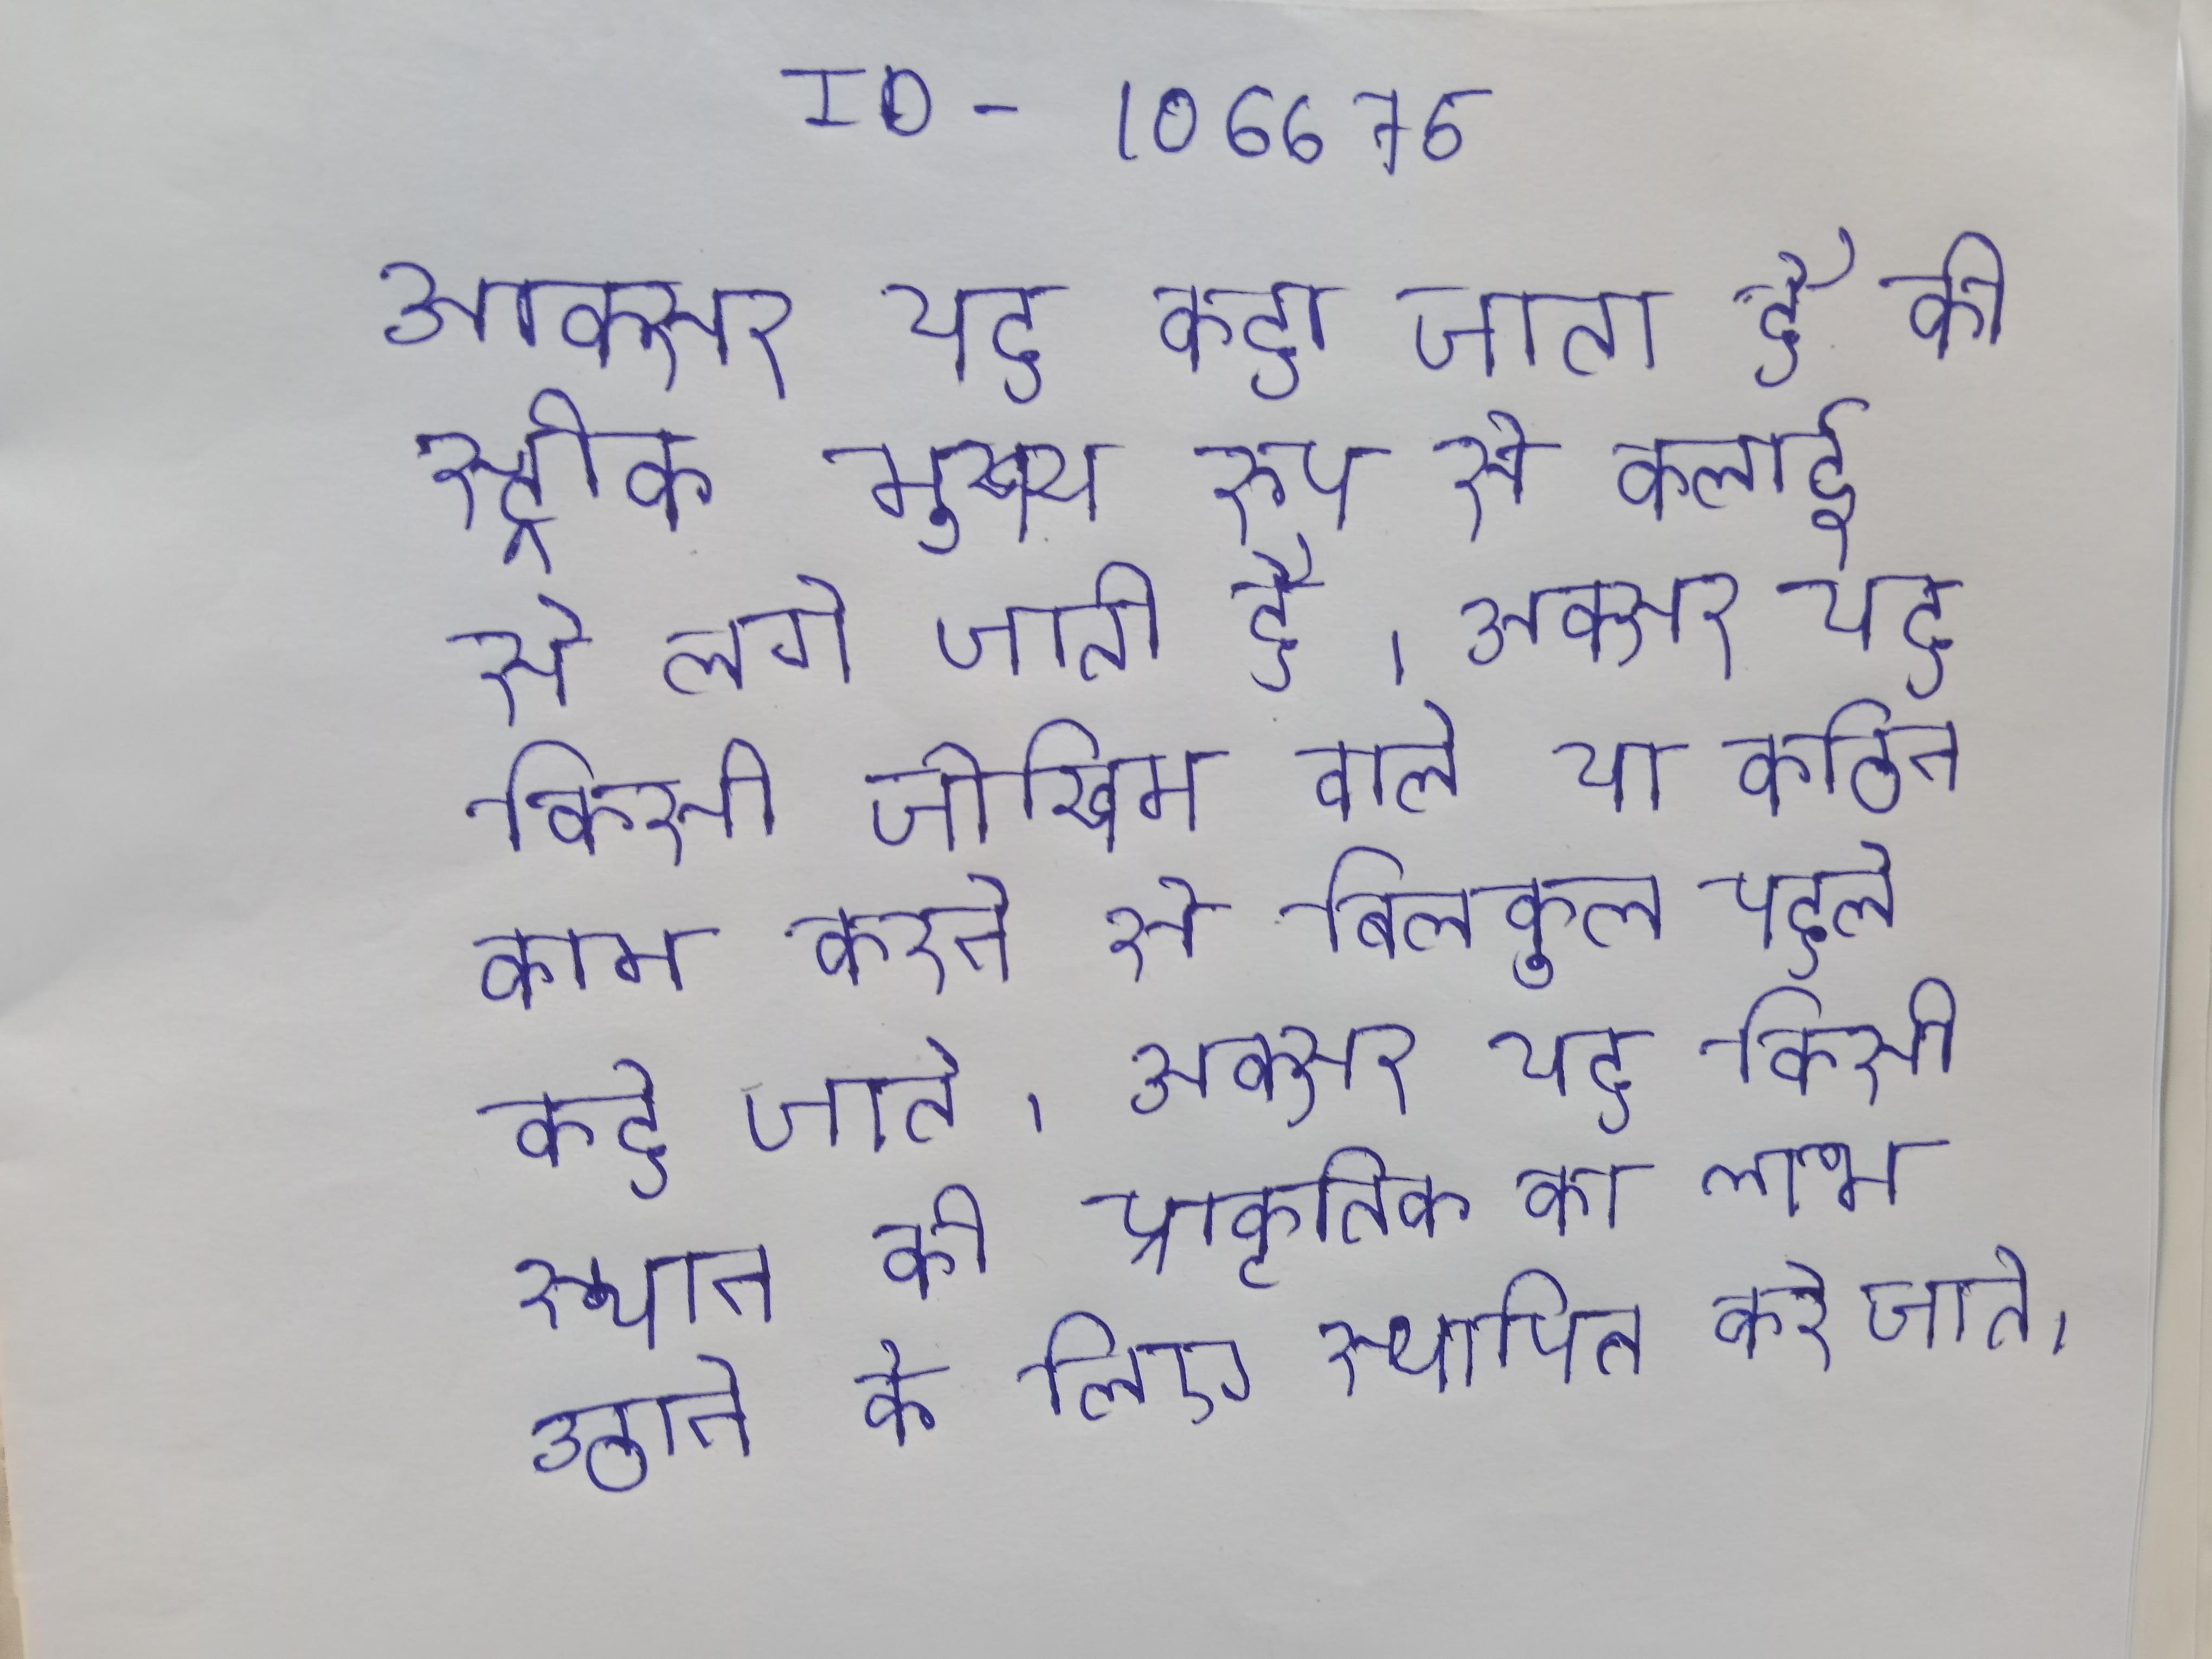
अक्सर यह कहा जाता है कि स्ट्रोक मुख्य रूप से कलाई से लगे जाती है । अक्सर यह किसी जोखिम वाले या कठिन काम करने से बिलकुल पहले कहे जाते । अक्सर यह किसी स्थान की प्राकृतिक का लाभ उठाने के लिए स्थापित करे जाते ।